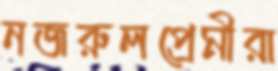
নজরুলপ্রেমীরা